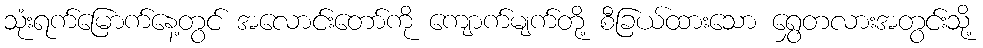
သုံးရက်မြောက်နေ့တွင် အလောင်းတော်ကို ကျောက်မျက်တို့ စီခြယ်ထားသော ရွှေတလားအတွင်းသို့